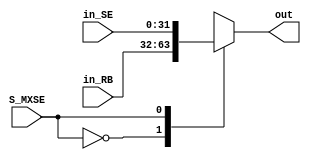
//Mdulo multiplexador MX_SE (combinacional)
module mx_se(in_RB, in_SE, S_MXSE, out);

	input 	wire[31:0]	in_RB, in_SE;
	input 	wire		S_MXSE;
	output 	reg	[31:0]	out;

	/*
		Com S_MXSE = 0, a entrada do banco de registradores
		Com S_MXSE = 1, a entrada do extensor de sinal  selecionada
	*/
	always @(*) begin
		case(S_MXSE)
			1'b0: 				out = in_RB;
			1'b1: 				out = in_SE;
			default:			out = in_RB;
		endcase
	end

endmodule